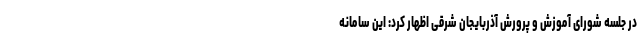
در جلسه شورای آموزش و پرورش آذربایجان شرقی اظهار کرد: این سامانه